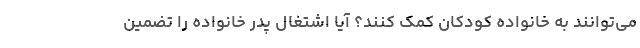
می‌توانند به خانواده کودکان کمک کنند؟ آیا اشتغال پدر خانواده را تضمین